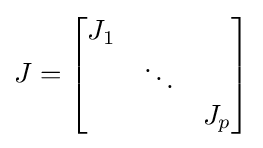
J={\begin{bmatrix}J_{1}&\;&\;\\\;&\ddots &\;\\\;&\;&J_{p}\end{bmatrix}}